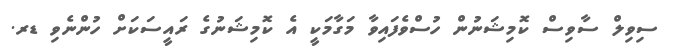
ސިވިލް ސާވިސް ކޮމިޝަނުން ހުސްވެފައިވާ މަގާމަކީ އެ ކޮމިޝަނުގެ ރައީސަކަށް ހުންނެވި ޑރ.